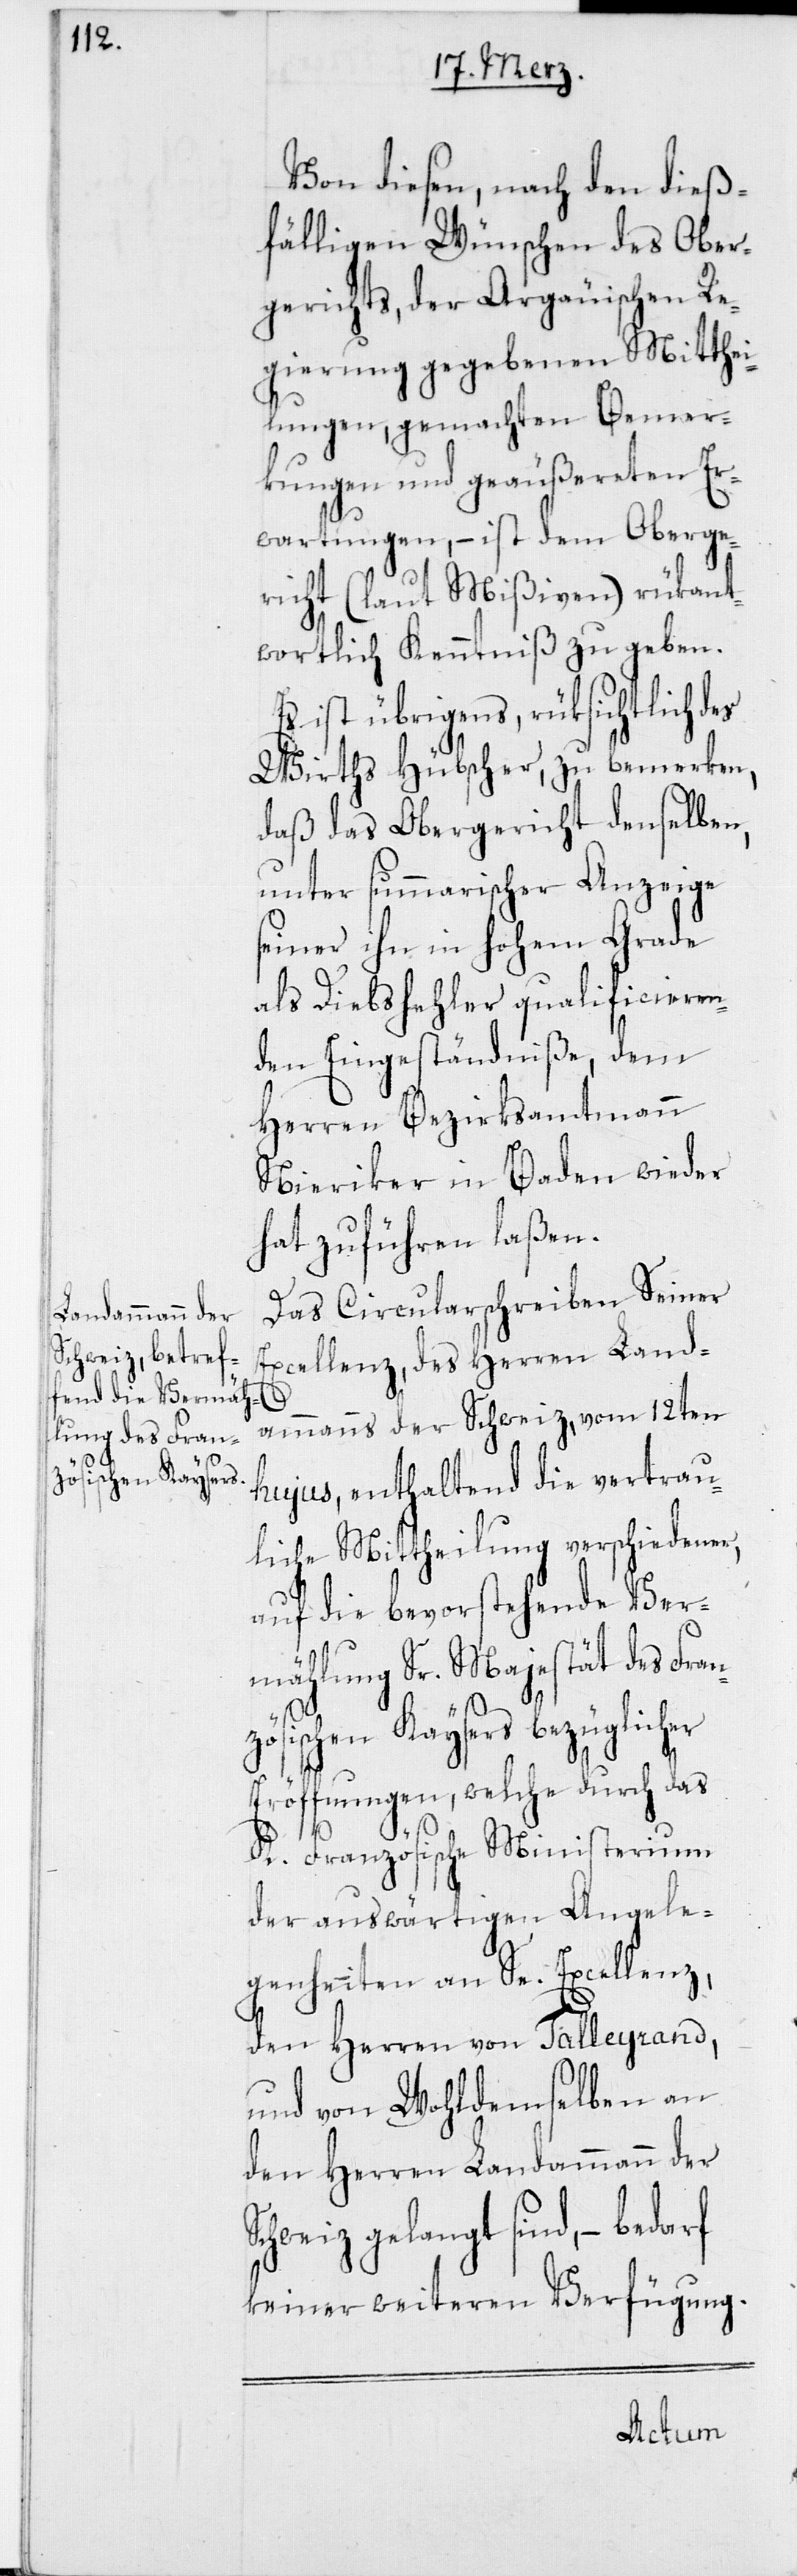
Von diesen, nach den dieß¬
fälligen Wünschen des Ober¬
gerichts, der Argäuischen Re¬
gierung gegebenen Mitthei¬
lungen, gemachten Bemer¬
kungen und geäußereten Er¬
wartungen, – ist dem Oberge¬
richt (laut Mißiven) rükant¬
wortlich Kenntniß zu geben.
Es ist übrigens, rüksichtlich des
Wirths Hübscher, zu bemerken,
daß das Obergericht denselben,
unter summarischer Anzeige
seiner ihn in hohem Grade
als Diebshehler qualificieren¬
den Eingeständniße, dem
Herren Bezirksammtmann
Nieriker in Baden wieder
hat zuführen laßen.
Das Circularschreiben Seiner
Excellenz, des Herren Land¬
ammanns der Schweiz, vom 12ten
hujus, enthaltend die vertrau¬
liche Mittheilung verschiedener,
auf die bevorstehende Ver¬
mählung Sr. Majestät des Fran¬
S¬
zösischen Kaysers bezüglicher
Eröffnungen, welche durch das
K. Französische Ministerium
der auswärtigen Angele¬
genheiten an Se. Excellenz,
den Herren von Talleyrand,
und von Wohldemselben an
den Herren Landammann der
chweiz gelangt sind, – bedarf
keiner weiteren Verfügung.